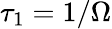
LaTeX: \tau_{1}=1/\Omega